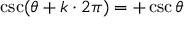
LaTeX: \csc ( \theta + k \cdot 2 \pi ) = + \csc \theta